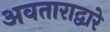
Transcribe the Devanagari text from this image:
अवताराद्वारे